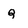
Character: Q